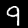
Digit: 9